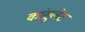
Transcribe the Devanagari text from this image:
कांसुलेट